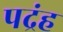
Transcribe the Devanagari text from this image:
पद्रंह